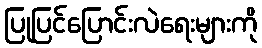
ပြုပြင်ပြောင်းလဲရေးများကို